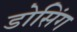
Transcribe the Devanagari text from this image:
डोसिंग